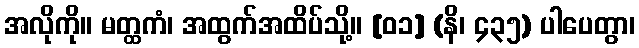
အလိုကို။ မတ္ထကံ၊ အထွက်အထိပ်သို့။ [၀၁] (နိ၊ ၄၃၅) ပါပေတွာ၊